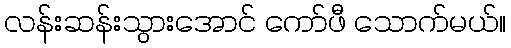
လန်းဆန်းသွားအောင် ကော်ဖီ သောက်မယ်။